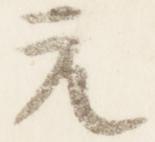
元